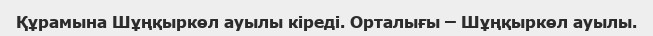
Құрамына Шұңқыркөл ауылы кіреді. Орталығы – Шұңқыркөл ауылы.